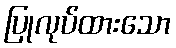
ပြုလုပ်ထားသော